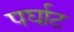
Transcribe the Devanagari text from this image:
पर्घाट